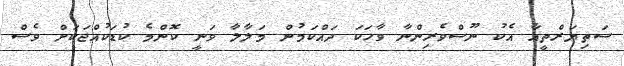
ސަތިޔަރްތީއާ އެކު ނޫސްވެރިންނާ ވާހަކަ ދައްކަމުން މަލާލާ ވަނީ ކޮންމެ ކުޑަކުއްޖަކަށް ވެސް